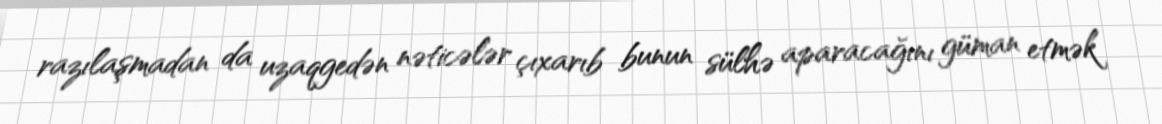
razılaşmadan da uzaqgedən nəticələr çıxarıb bunun sülhə aparacağını güman etmək